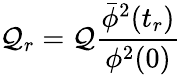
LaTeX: \mathcal{Q}_{r}=\mathcal{Q}\frac{{{\bar{{\phi}}}^{2}(t_{r})}}{{\phi^{2}(0)}}